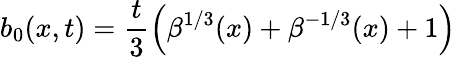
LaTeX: b_{0}(x,t)=\frac{t}{3}\left(\beta^{1/3}(x)+\beta^{-1/3}(x)+1\right)